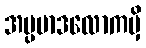
အပ္ပမာဒလောကမှိ